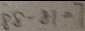
8 8 - 8 1 = 7